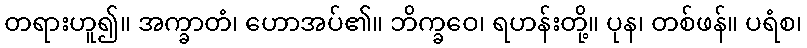
တရားဟူ၍။ အက္ခာတံ၊ ဟောအပ်၏။ ဘိက္ခဝေ၊ ရဟန်းတို့။ ပုန၊ တစ်ဖန်။ ပရံစ၊